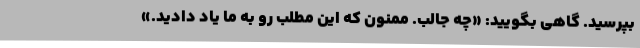
بپرسید. گاهی بگویید: «چه جالب. ممنون که این مطلب رو به ما یاد دادید.»